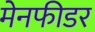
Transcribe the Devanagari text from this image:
मेनफीडर